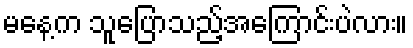
မနေ့က သူပြောသည့်အကြောင်းပဲလား။